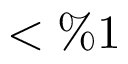
< \% 1